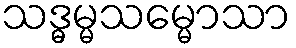
သဒ္ဓမ္မသမ္မောသာ